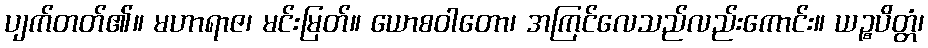
ပျက်တတ်၏။ မဟာရာဇ၊ မင်းမြတ်။ ယောစဝါတော၊ အကြင်လေသည်လည်းကောင်း။ ယဉ္စပိတ္တံ၊